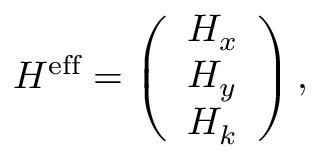
H ^ { \mathrm { e f f } } = \left( \begin{array} { l } { H _ { x } } \\ { H _ { y } } \\ { H _ { k } } \end{array} \right) ,